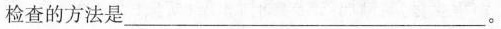
检查的方法是___。